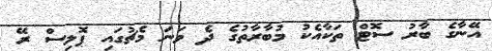
އޭނާގެ ބާރު ސޮޓް ތަކާއެކު މުބާރާތުގެ ދެ ވަނަ މެޗުގައި ޕޮލިސް ރޭ